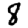
Digit: 8